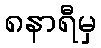
၈နာရီမှ